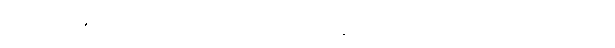
(၄) မိမိ၏ ကောင်းသတင်းကိုမူ မမေးသော်လည်း ပြောဆိုတတ်ခြင်း။